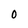
Character: 0